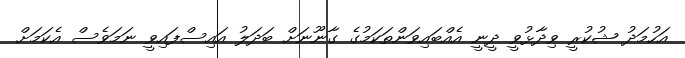
އަހުމަދު ޝުކުރީ ވިދާޅުވީ ދީނީ އެއްބައިވަންތަކަމުގެ ގާނޫނަށް ބަދަލު އައިސްފައިވީ ނަމަވެސް އެކަމަށް